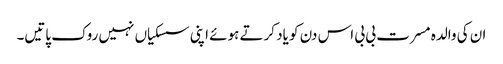
ان کی والدہ مسرت بی بی اس دن کو یاد کرتے ہوئے اپنی سسکیاں نہیں روک پاتیں۔